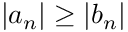
\left\vert a _ { n } \right\vert \geq \left\vert b _ { n } \right\vert